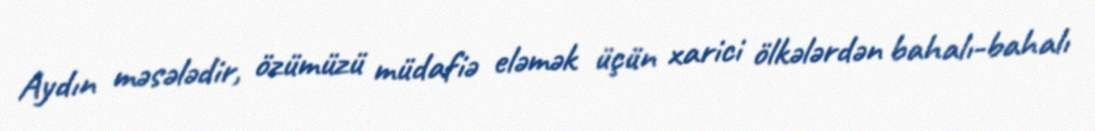
Aydın məsələdir, özümüzü müdafiə eləmək üçün xarici ölkələrdən bahalı-bahalı